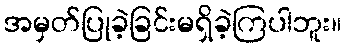
အမှတ်ပြုခဲ့ခြင်းမရှိခဲ့ကြပါဘူး။